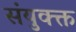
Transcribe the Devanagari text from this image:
संयुक्क्त